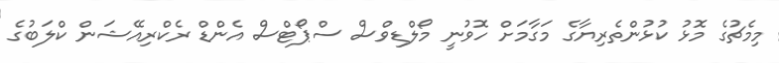
މިމެޗުގެ މޮޅު ކުޅުންތެރިޔާގެ މަގާމަށް ހޮވުނީ މޯލްޑިވްސް ސްޕޯޓްސް އެންޑް ރެކްރިއޭޝަން ކްލަބުގެ